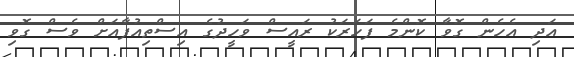
އަދި އެހެން ގޮވާ ކޮންމެ ފަހަރަކު ރައީސް ވަހީދުގެ އިސްތިއުފާއަށް ވެސް ގޮވި